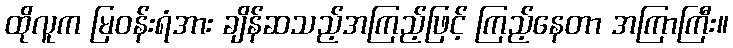
ထိုလူက မြဝန်းရံအား ချိန်ဆသည့်အကြည့်ဖြင့် ကြည့်နေတာ အကြာကြီး။